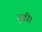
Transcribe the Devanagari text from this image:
ढूढी।